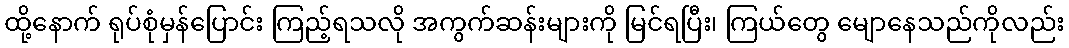
ထို့နောက် ရုပ်စုံမှန်ပြောင်း ကြည့်ရသလို အကွက်ဆန်းများကို မြင်ရပြီး၊ ကြယ်တွေ မျောနေသည်ကိုလည်း